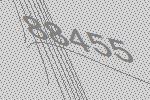
88455